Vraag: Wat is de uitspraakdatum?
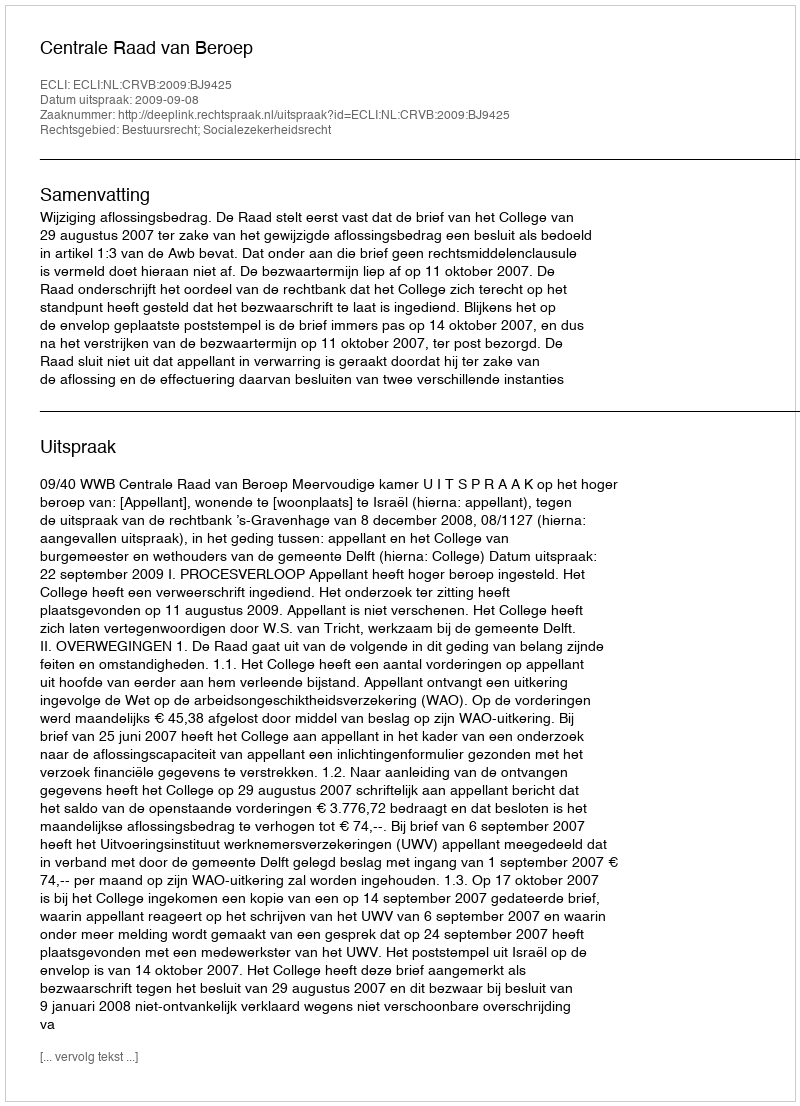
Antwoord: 2009-09-08